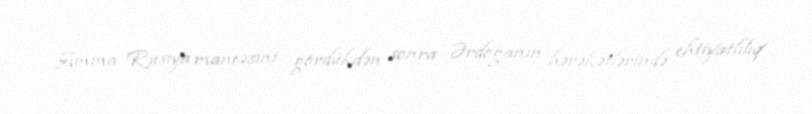
Amma Rusiya maneəsini gördükdən sonra Ərdoğanın hərəkətlərində ehtiyatlılıq